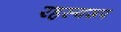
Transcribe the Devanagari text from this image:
रहस्यरूप